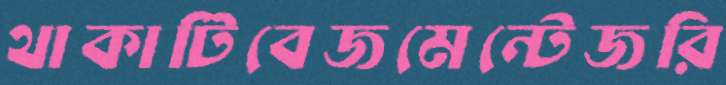
থাকাটিবেজমেন্টেজরি